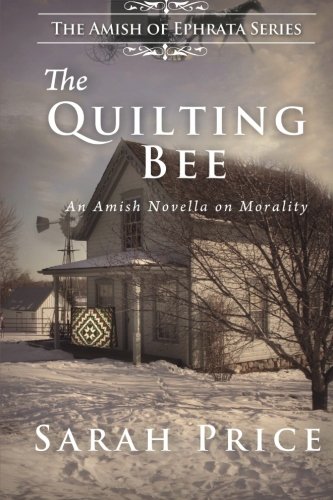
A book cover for The Quilting Bee: The Amish of Ephrata (Volume 2); Sarah Price; Christian Books & Bibles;